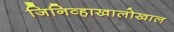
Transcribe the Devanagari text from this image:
जिनिव्हाखालोखाल